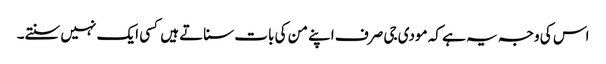
اس کی وجہ یہ ہے کہ مودی جی صرف اپنے من کی بات سناتے ہیں کسی ایک نہیں سنتے۔